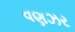
વણઝર